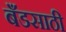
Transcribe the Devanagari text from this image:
बँडसाठी